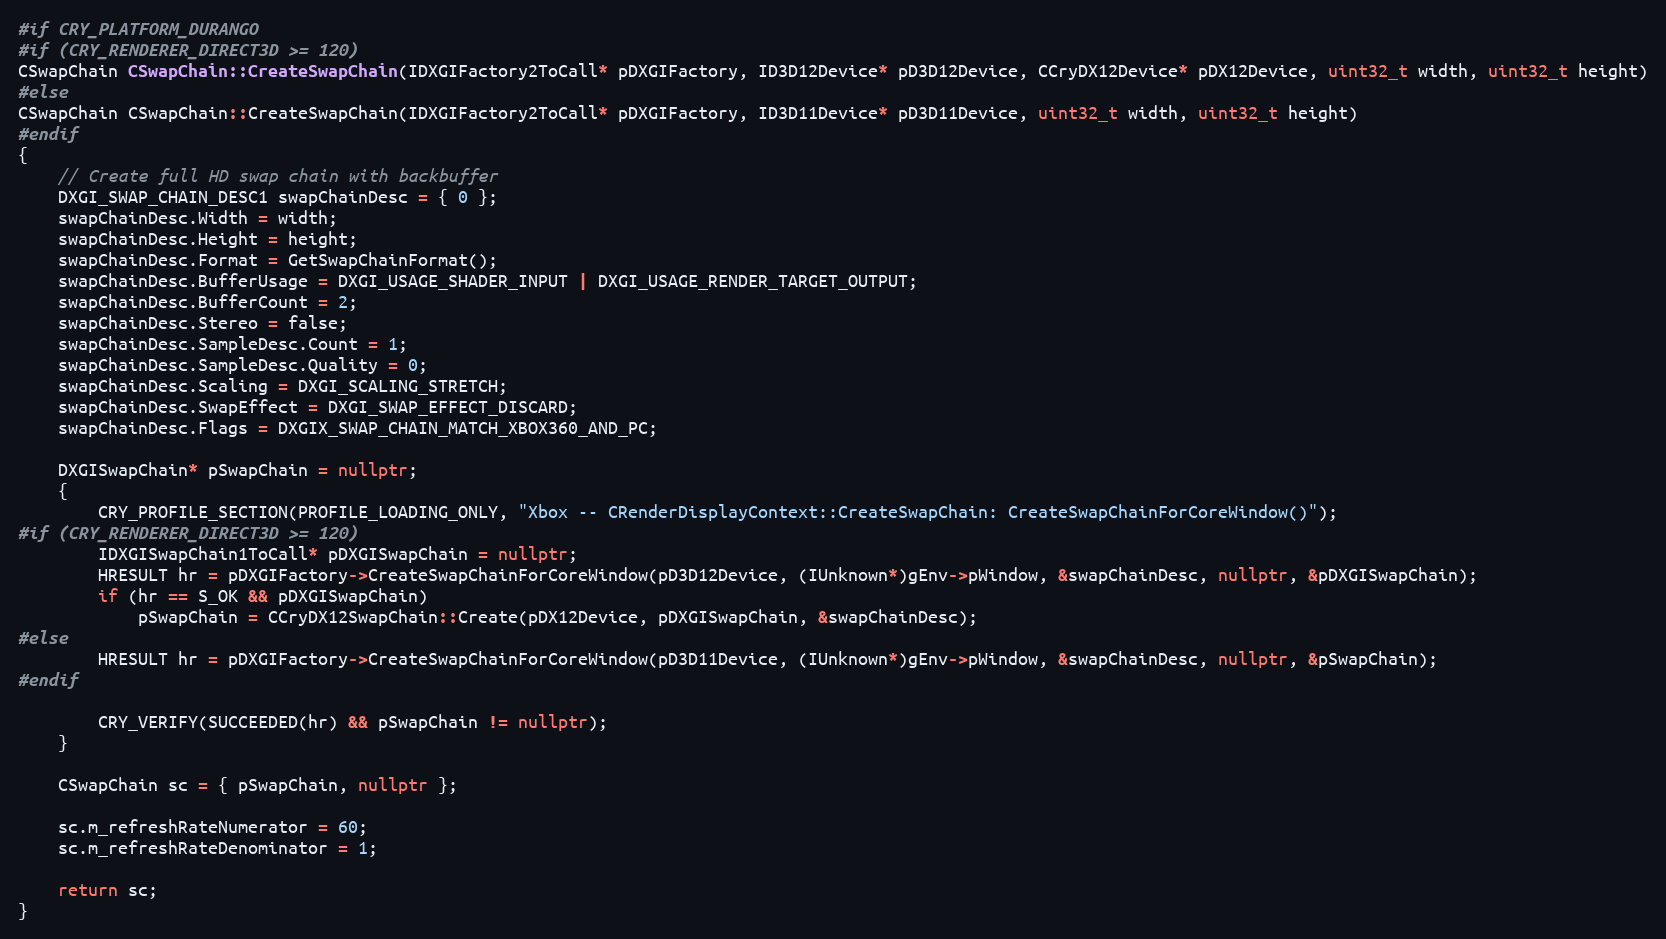
Language: C++
#if CRY_PLATFORM_DURANGO
#if (CRY_RENDERER_DIRECT3D >= 120)
CSwapChain CSwapChain::CreateSwapChain(IDXGIFactory2ToCall* pDXGIFactory, ID3D12Device* pD3D12Device, CCryDX12Device* pDX12Device, uint32_t width, uint32_t height)
#else
CSwapChain CSwapChain::CreateSwapChain(IDXGIFactory2ToCall* pDXGIFactory, ID3D11Device* pD3D11Device, uint32_t width, uint32_t height)
#endif
{
	// Create full HD swap chain with backbuffer
	DXGI_SWAP_CHAIN_DESC1 swapChainDesc = { 0 };
	swapChainDesc.Width = width;
	swapChainDesc.Height = height;
	swapChainDesc.Format = GetSwapChainFormat();
	swapChainDesc.BufferUsage = DXGI_USAGE_SHADER_INPUT | DXGI_USAGE_RENDER_TARGET_OUTPUT;
	swapChainDesc.BufferCount = 2;
	swapChainDesc.Stereo = false;
	swapChainDesc.SampleDesc.Count = 1;
	swapChainDesc.SampleDesc.Quality = 0;
	swapChainDesc.Scaling = DXGI_SCALING_STRETCH;
	swapChainDesc.SwapEffect = DXGI_SWAP_EFFECT_DISCARD;
	swapChainDesc.Flags = DXGIX_SWAP_CHAIN_MATCH_XBOX360_AND_PC;

	DXGISwapChain* pSwapChain = nullptr;
	{
		CRY_PROFILE_SECTION(PROFILE_LOADING_ONLY, "Xbox -- CRenderDisplayContext::CreateSwapChain: CreateSwapChainForCoreWindow()");
#if (CRY_RENDERER_DIRECT3D >= 120)
		IDXGISwapChain1ToCall* pDXGISwapChain = nullptr;
		HRESULT hr = pDXGIFactory->CreateSwapChainForCoreWindow(pD3D12Device, (IUnknown*)gEnv->pWindow, &swapChainDesc, nullptr, &pDXGISwapChain);
		if (hr == S_OK && pDXGISwapChain)
			pSwapChain = CCryDX12SwapChain::Create(pDX12Device, pDXGISwapChain, &swapChainDesc);
#else
		HRESULT hr = pDXGIFactory->CreateSwapChainForCoreWindow(pD3D11Device, (IUnknown*)gEnv->pWindow, &swapChainDesc, nullptr, &pSwapChain);
#endif

		CRY_VERIFY(SUCCEEDED(hr) && pSwapChain != nullptr);
	}

	CSwapChain sc = { pSwapChain, nullptr };

	sc.m_refreshRateNumerator = 60;
	sc.m_refreshRateDenominator = 1;

	return sc;
}